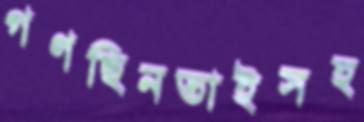
গণছিনতাইসহ